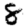
Digit: 8